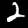
Label: 2